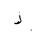
Letter: _dal